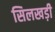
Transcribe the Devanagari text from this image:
सिलखड़ी